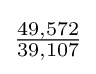
{\tfrac {49,572}{39,107}}